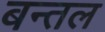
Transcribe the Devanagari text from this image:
बन्तल